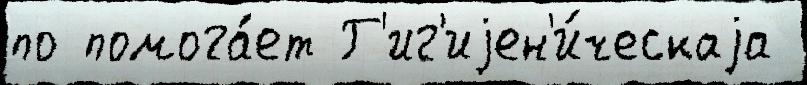
по помога́ет Г'иг'иjен'и́ческаjа